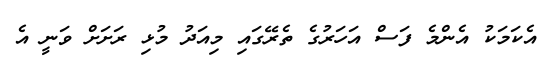
އެކަމަކު އެންމެ ފަސް އަހަރުގެ ތެރޭގައި މިއަދު މުޅި ރަށަށް ވަނީ އެ